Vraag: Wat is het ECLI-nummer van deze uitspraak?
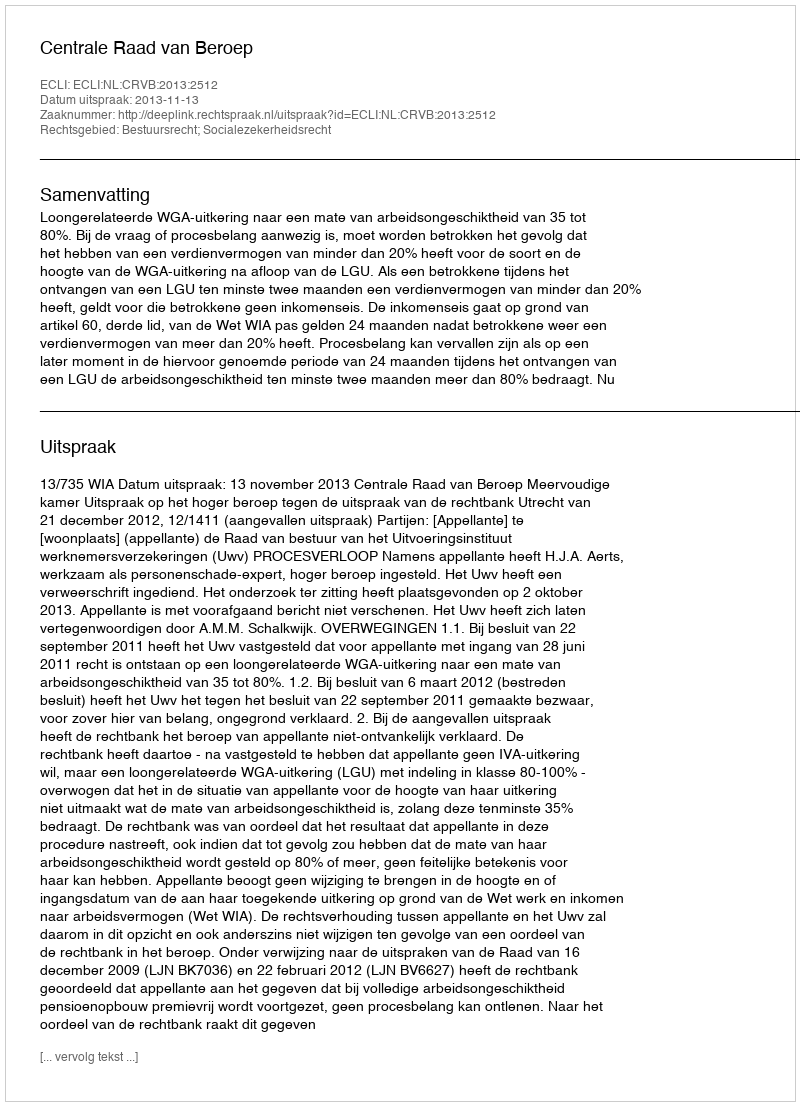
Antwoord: ECLI:NL:CRVB:2013:2512